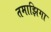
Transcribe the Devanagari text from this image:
तमाझिगा